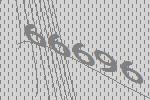
66696